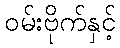
ဝမ်းဗိုက်နှင့်